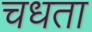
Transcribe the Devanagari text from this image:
चधता